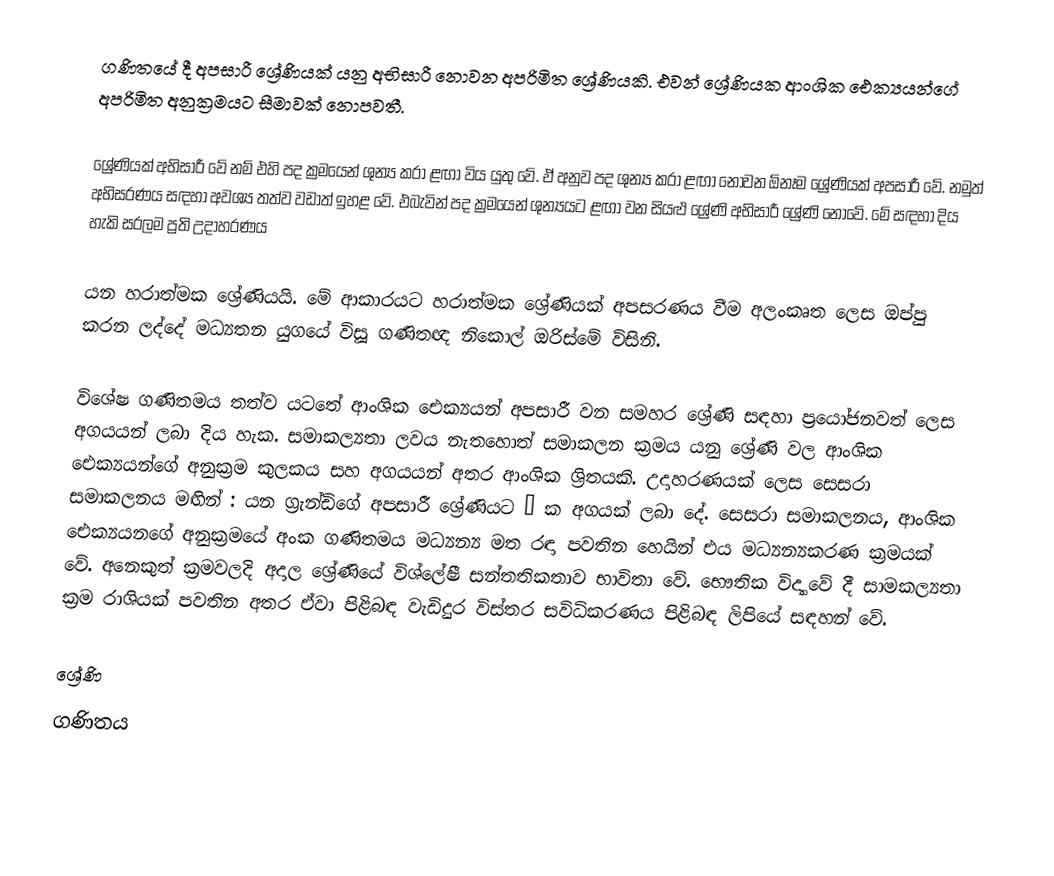
ගණිතයේ දී අපසාරී ශ්‍රේණියක් යනු අභිසාරී නොවන අපරිමිත ශ්‍රේණියකි. එවන් ශ්‍රේණියක ආංශික ඓක්‍යයන්ගේ අපරිමිත අනුක්‍රමයට සීමාවක් නොපවතී.

ශ්‍රේණියක් අභිසාරී වේ නම් එහි පද ක්‍රමයෙන් ශුන්‍ය කරා ළඟා ‍විය යුතු වේ. ඒ අනුව පද ශුන්‍ය කරා ළඟා නොවන ඕනෑම ශ්‍රේණියක් අපසාරී වේ. නමුත් අභිසරණය සඳහා අවශ්‍ය තත්ව වඩාත් ඉහළ වේ. එබැවින් පද ක්‍රමයෙන් ශුන්‍යයට ළඟා වන සියළු ශ්‍රේණි අභිසාරී ශ්‍රේණි නොවේ. මේ සඳහා දිය හැකි සරලම ප්‍රති උදාහරණය

යන හරාත්මක ශ්‍රේණියයි. මේ ආකාරයට හරාත්මක ශ්‍රේණියක් අපසරණය වීම අලංකෘත ලෙස ඔප්පු කරන ලද්දේ මධ්‍යතන යුගයේ විසූ ගණිතඥ නිකොල් ඔරිස්මේ විසිනි.

විශේෂ ගණිතමය තත්ව ය‍ටතේ ආංශික ඓක්‍යයන් අපසාරී වන සමහර ශ්‍රේණි සඳහා ප්‍රයෝජනවත් ලෙස අගයයන් ලබා දිය හැක. සමාකල්‍යතා ලවය නැතහොත් සමාකලන ක්‍රමය යනු ශ්‍රේණි වල ආංශික ඓක්‍යයන්ගේ අනුක්‍රම කුලකය සහ අගයයන් අතර ආංශික ශ්‍රිතයකි. උදාහරණයක් ලෙස සෙසරා සමාකලනය මඟින් : යන ග්‍රැන්ඩිගේ අපසාරී ශ්‍රේණියට ½ ක අගයක් ලබා දේ. සෙසරා සමාකලනය, ආංශික ඓක්‍යයනගේ අනුක්‍රමයේ අංක ගණිතමය මධ්‍යන්‍ය මත රඳා පවතින හෙයින් එය මධ්‍යන්‍යකරණ ක්‍රමයක් වේ. අනෙකුත් ක්‍රමවලදි අදාල ශ්‍රේණියේ වි‍ශ්ලේෂී සන්තතිකතාව භාවිතා වේ. භෞතික විද්‍යාවේ දී සාමකල්‍යතා ක්‍රම රාශියක් පවතින අතර ඒවා පිළිබඳ වැඩිදුර විස්තර සවිධිකරණය පිළිබඳ ලිපියේ සඳහන් වේ.

ශ්‍රේණි
ගණිතය